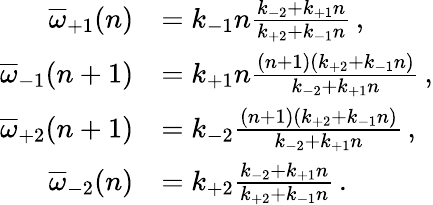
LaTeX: \begin{array}{rl}{\overline{{\omega}}_{+1}(n)}&{=k_{-1}n\frac{k_{-2}+k_{+1}n}{k_{+2}+k_{-1}n}\, ,}\\ {\overline{{\omega}}_{-1}(n+1)}&{=k_{+1}n\frac{(n+1)(k_{+2}+k_{-1}n)}{k_{-2}+k_{+1}n}\, ,}\\ {\overline{{\omega}}_{+2}(n+1)}&{=k_{-2}\frac{(n+1)(k_{+2}+k_{-1}n)}{k_{-2}+k_{+1}n}\, ,}\\ {\overline{{\omega}}_{-2}(n)}&{=k_{+2}\frac{k_{-2}+k_{+1}n}{k_{+2}+k_{-1}n}\, .}\end{array}